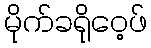
မိုက်ခရိုဝေ့ဖ်